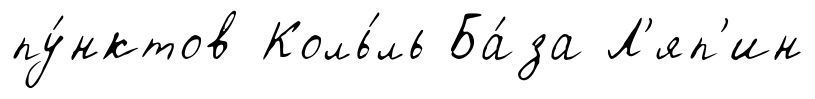
пу́нктов Коль́ль Ба́за Л'яп'ин